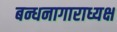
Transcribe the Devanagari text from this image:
बन्धनागाराध्यक्ष